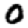
Digit: 0